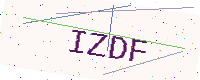
Text: IZDF